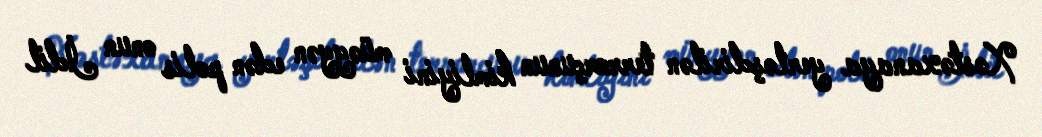
Xəstəxanaya yerləşdirilən terrorçunun kimliyini müəyyən edən polis onun İdil